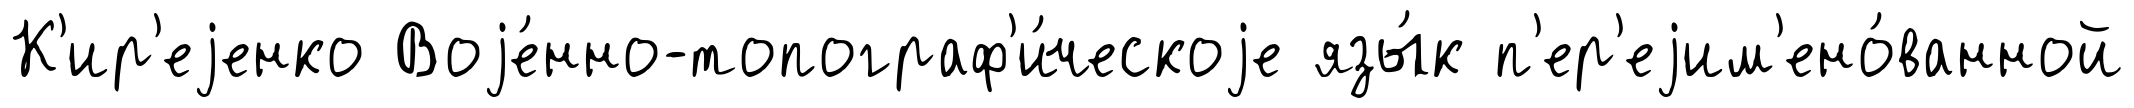
К'ир'еjенко Воjе́нно-топограф'и́ческоjе язы́к п'ер'еjим'ено́ванной